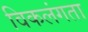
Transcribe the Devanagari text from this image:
विकलंगता